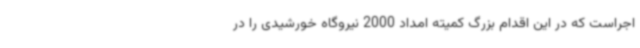
اجراست که در این اقدام بزرگ کمیته امداد 2000 نیروگاه خورشیدی را در